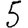
Digit: 5